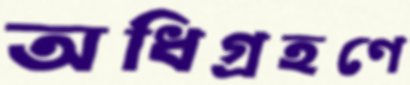
অধিগ্রহণে